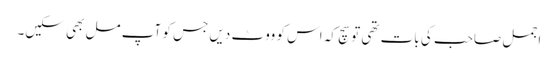
اجمل صاحب کی بات تھی تو سچ کہ اس کو ووٹ دیں جس کو آپ مل بھی سکیں۔